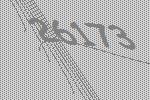
26173